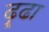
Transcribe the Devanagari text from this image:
ढ़ूढा